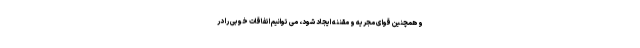
و همچنین قوای مجریه و مقننه ایجاد شود، می توانیم اتفاقات خوبی را در